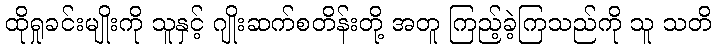
ထိုရှုခင်းမျိုးကို သူနှင့် ဂျိုးဆက်စတိန်းတို့ အတူ ကြည့်ခဲ့ကြသည်ကို သူ သတိ